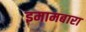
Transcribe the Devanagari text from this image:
इमामबारा